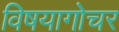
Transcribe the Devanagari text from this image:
विषयागोचर